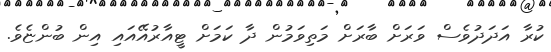
ކުރާ އަދަދުވެސް ވަރަށް ބާރަށް މަތިވަމުން ދާ ކަމަށް ޓީއާރުއޭއައި އިން ބުންޏެވެ.